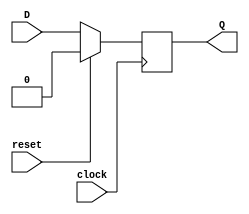
module dff_with_reset (
    input wire D,
    input wire clock,
    input wire reset,
    output reg Q
);

always @(posedge clock) begin
    if (reset) begin
        Q <= 1'b0;
    end else begin
        Q <= D;
    end
end

endmodule